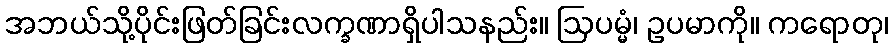
အဘယ်သို့ပိုင်းဖြတ်ခြင်းလက္ခဏာရှိပါသနည်း။ ဩပမ္မံ၊ ဥပမာကို။ ကရောတု၊